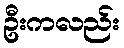
ဦးကလည်း